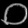
Digit: ၀